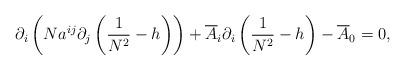
LaTeX: \begin{align*}\partial_i\left(Na^{ij}\partial_{j}\left(\frac 1{N^2}-h\right)\right)+ \overline{A}_{i}\partial_i\left(\frac 1{N^2}-h\right)-\overline{A}_0=0,\end{align*}